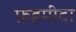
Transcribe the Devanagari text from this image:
फ़हमीदा